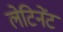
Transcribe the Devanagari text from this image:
लेटिनेंट